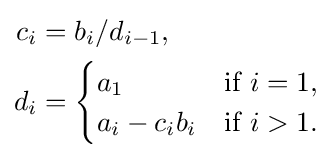
{\begin{aligned}c_{i}&=b_{i}/d_{i-1}{\text{,}}\\d_{i}&={\begin{cases}a_{1}&{\text{if }}i=1{\text{,}}\\a_{i}-c_{i}b_{i}&{\text{if }}i>1{\text{.}}\end{cases}}\end{aligned}}